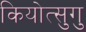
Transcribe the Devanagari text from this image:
कियोत्सुगु